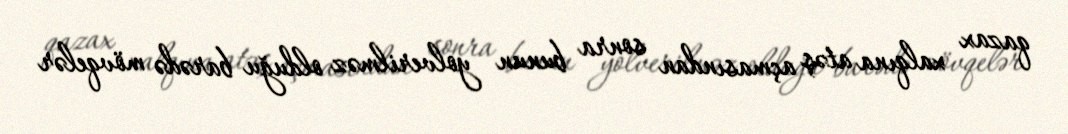
qazax xalqına atəş açmasından sonra bunun yolverilməz olduğu barədə mövqelər